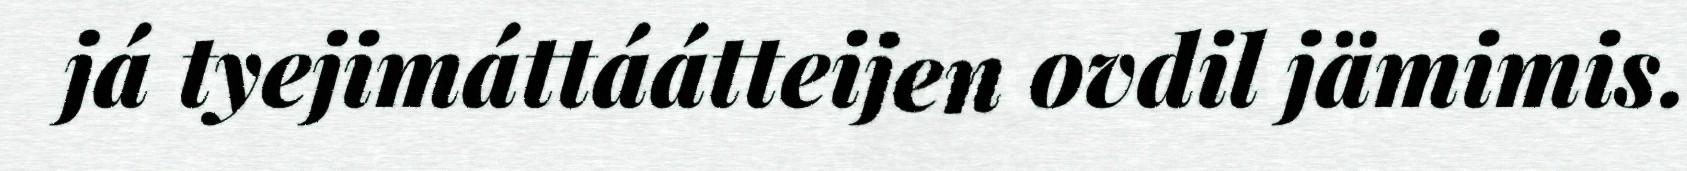
já tyejimáttáátteijen ovdil jämimis.